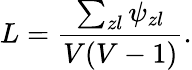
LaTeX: L=\frac{\sum_{zl}\psi_{zl}}{V(V-1)}.